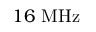
1 6 \ \mathrm { M H z }